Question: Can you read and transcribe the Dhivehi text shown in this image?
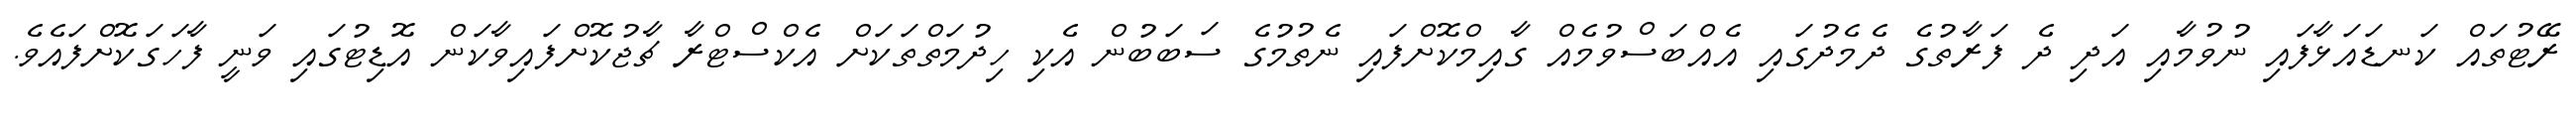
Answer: ރޭޓުތައް ކަނޑައަޅާފައި ނުވުމާއި އަދި ދެ ފަރާތުގެ ދެމެދުގައި އެއްބަސްވުމެއް ގާއިމްކޮށްފައި ނެތުމުގެ ސަބަބުން އެކި ހިދުމަތްތަކަށް އެކްސްޓްރާ ޗާޖުކޮށްފައިވާކަން އޮޑިޓުގައި ވަނީ ފާހަގަކޮށްފައެވެ.